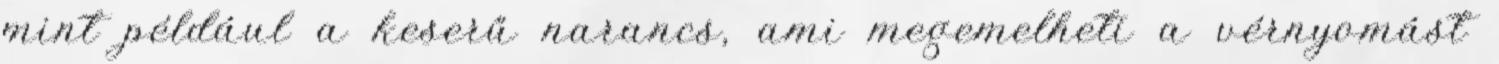
mint például a keserű narancs, ami megemelheti a vérnyomást